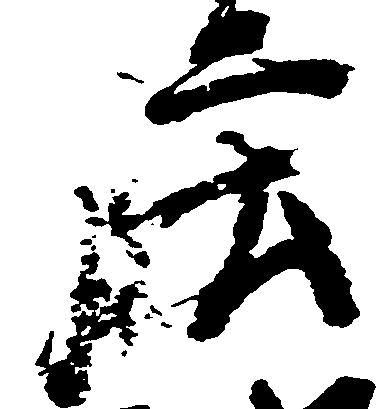
庄